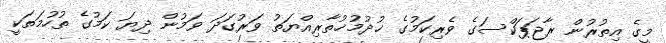
މީގެ އިތުރުން ރާޖަޕަކްސަގެ ވެރިކަމުގެ ޚުދުމުޚުތާރިއްޔަތު ވަރުގަދަ ވަމުން ދިޔަ ކަމުގެ ތުހުމަތަކީ